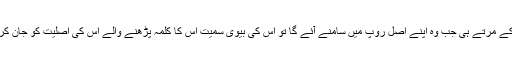
اسے یقین تھا کہ اس کے مرتے ہی جب وہ اپنے اصل روپ میں سامنے آئے گا تو اس کی بیوی سمیت اس کا کلمہ پڑھنے والے اس کی اصلیت کو جان کر حیران رہ جائیں گے۔